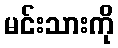
မင်းသားကို